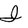
Character: I